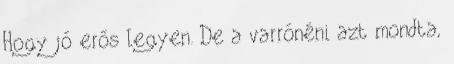
Hogy jó erős legyen. De a varrónéni azt mondta,